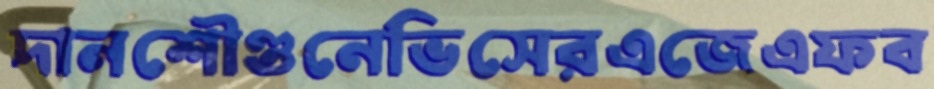
দানশৌণ্ডনেভিসেরএজেএফব